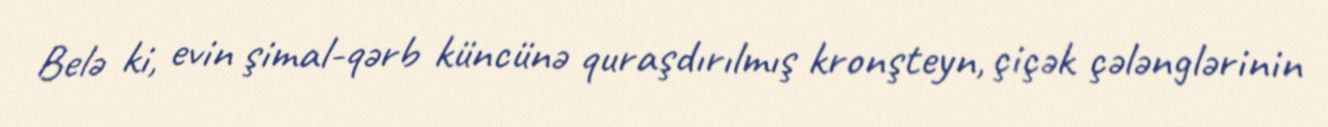
Belə ki, evin şimal-qərb küncünə quraşdırılmış kronşteyn, çiçək çələnglərinin